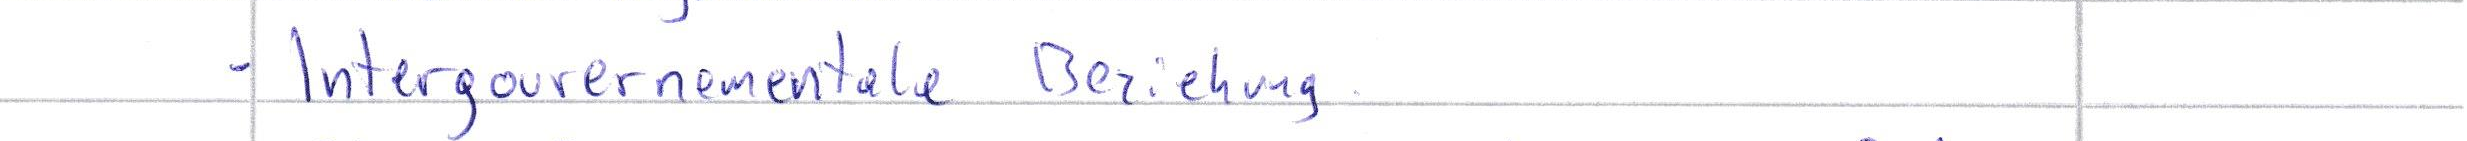
- Intergouvernementale Beziehung